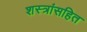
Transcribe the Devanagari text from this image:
शस्त्रांसहित